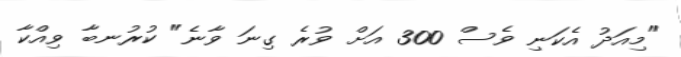
"މިއަދު އެކަނި ވެސް 300 އަށް ވުރެ ގިނަ ވާނެ" ކުރުނބާ ވިއްކާ